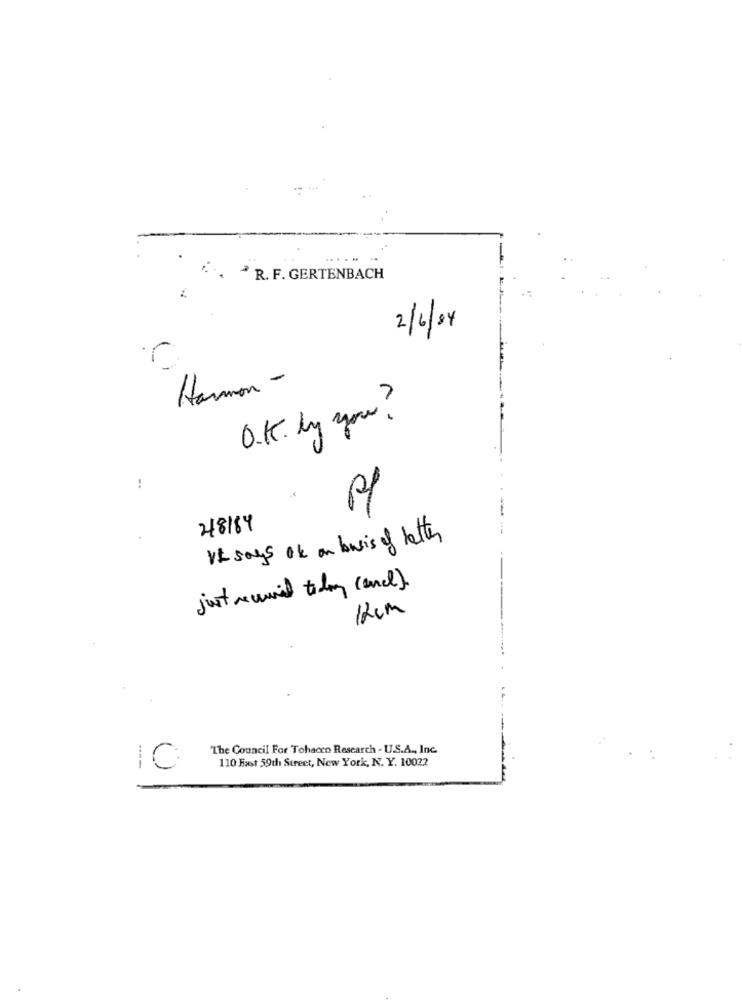
....
R. F. GERTENBACH
2/6/24
r
Harmon -
O.K. by you?
-.
48184
It says ok on basis of letter
just received today (ance).
12cm
The Council For Tohacco Research - U.S.A ., Inc.
110 Fast 59th Street, New York, N. Y. 10022
C